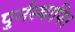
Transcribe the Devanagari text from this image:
पुर्नस्‍थापित